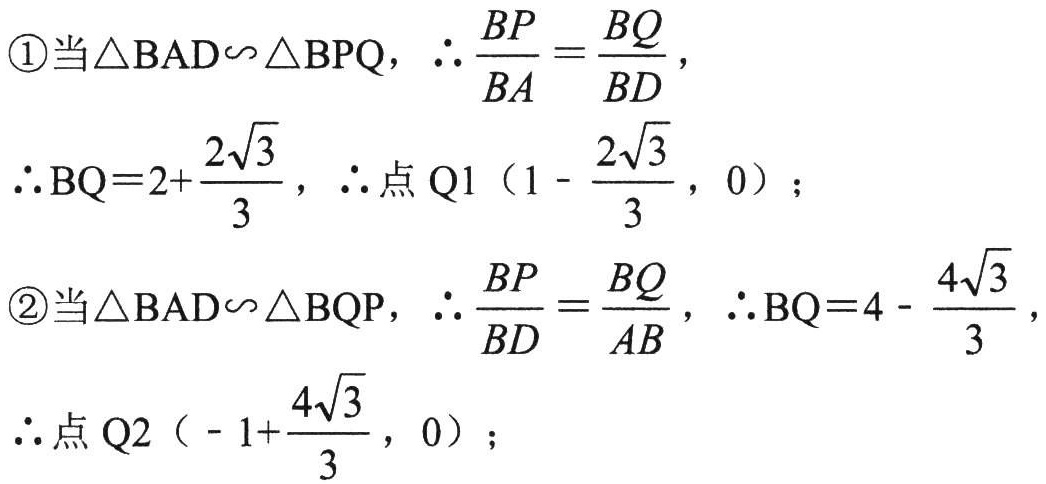
\textcircled{1}当$\triangle BAD\backsim\triangle BPQ$，$\therefore \frac{BP}{BA}=\frac{BQ}{BD}$，
$\therefore BQ = 2+\frac{2\sqrt{3}}{3}$，$\therefore$点$Q1\left(1 - \frac{2\sqrt{3}}{3},0\right)$；
\textcircled{2}当$\triangle BAD\backsim\triangle BQP$，$\therefore \frac{BP}{BD}=\frac{BQ}{AB}$，$\therefore BQ = 4 - \frac{4\sqrt{3}}{3}$，
$\therefore$点$Q2\left(-1+\frac{4\sqrt{3}}{3},0\right)$；